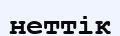
неттік